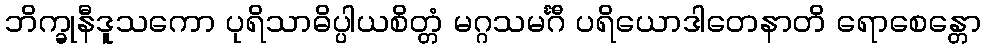
ဘိက္ခုနီဒူသကော ပုရိသာဓိပ္ပါယစိတ္တံ မဂ္ဂသမင်္ဂီ ပရိယောဒါတေနာတိ ရောစေန္တော